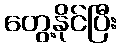
တွေ့နိုင်ပြီး